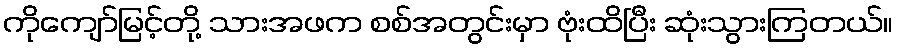
ကိုကျော်မြင့်တို့ သားအဖက စစ်အတွင်းမှာ ဗုံးထိပြီး ဆုံးသွားကြတယ်။